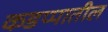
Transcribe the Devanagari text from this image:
कडप्पातील